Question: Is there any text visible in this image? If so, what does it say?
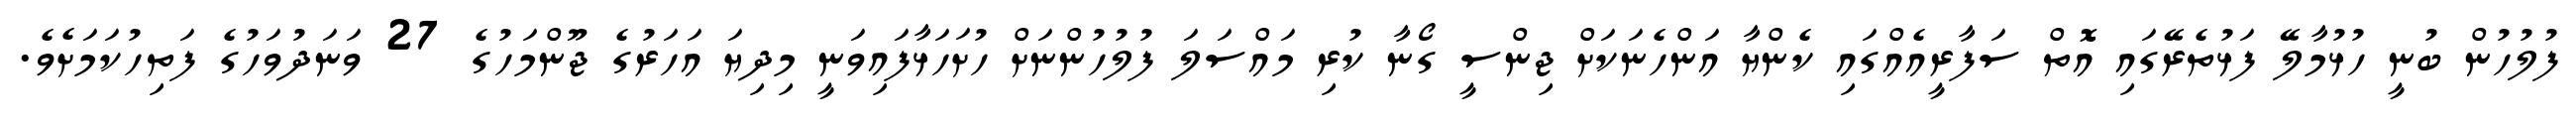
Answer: ފުލުހުން ބުނީ ހުޅުމާލޭ ފަޅުތެރޭގައި އޮތް ސަފާރީއެއްގައި ކެންޔާ އަންހެނަކަށް ޖިންސީ ގޯނާ ކުރި މައްސަލަ ފުލުހުންނަށް ހުށަހަޅާފައިވަނީ މިދިޔަ އަހަރުގެ ޖޫންމަހުގެ 27 ވަނަދުވަހުގެ ފަތިހުކަމަށެވެ.